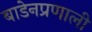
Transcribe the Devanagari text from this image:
बाडेनप्रणाली